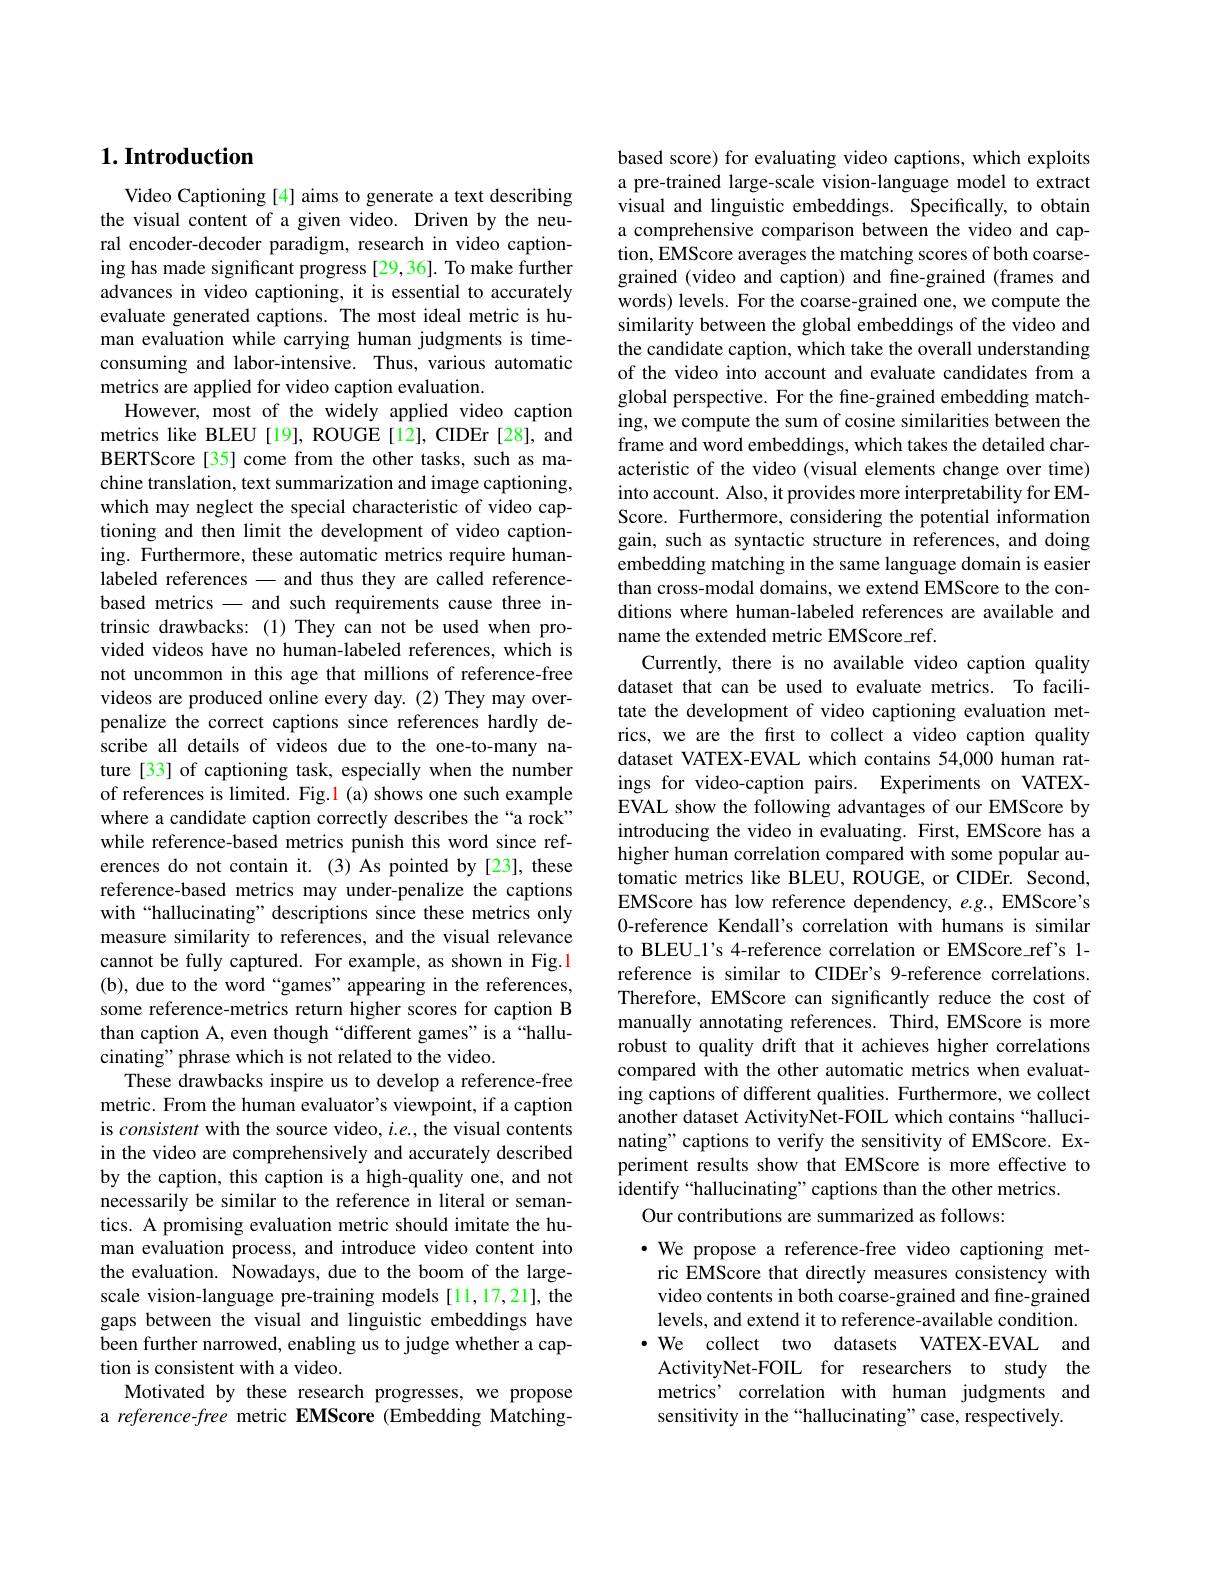
## $1. \textbf{Introduction}$

Video Captioning [4] aims to generate a text describing the visual content of a given video. Driven by the neural encoder-decoder paradigm, research in video captioning has made significant progress [29,36]. To make further advances in video captioning, it is essential to accurately evaluate generated captions. The most ideal metric is human evaluation while carrying human judgments is timeconsuming and labor-intensive. Thus, various automatic metrics are applied for video caption evaluation.
However, most of the widely applied video caption metrics like BLEU [19], ROUGE [12], CIDEr [28], and BERTScore[35] come from the other tasks, such as machine translation, text summarization and image captioning, which may neglect the special characteristic of video captioning and then limit the development of video captioning. Furthermore, these automatic metrics require humanlabeled references - and thus they are called referencebased metrics - and such requirements cause three intrinsic drawbacks: (1) They can not be used when provided videos have no human-labeled references, which is not uncommon in this age that millions of reference-free videos are produced online every day. (2) They may overpenalize the correct captions since references hardly describe all details of videos due to the one-to-many nature [33] of captioning task, especially when the number of references is limited. Fig.1 (a) shows one such example where a candidate caption correctly describes the“a rock” while reference-based metrics punish this word since references do not contain it. (3) As pointed by[23], these reference-based metrics may under-penalize the captions with“hallucinating” descriptions since these metrics only measure similarity to references, and the visual relevance cannot be fully captured. For example, as shown in Fig.1 (b), due to the word “games”appearing in the references, some reference-metrics return higher scores for caption B than caption A, even though“different games”is a“hallucinating" phrase which is not related to the video.
These drawbacks inspire us to develop a reference-free metric. From the human evaluator's viewpoint, if a caption is consistent with the source video, $i.e.$, the visual contents in the video are comprehensively and accurately described by the caption, this caption is a high-quality one, and not necessarily be similar to the reference in literal or semantics. A promising evaluation metric should imitate the human evaluation process, and introduce video content into the evaluation. Nowadays, due to the boom of the largescale vision-language pre-training models [11,17,21], the gaps between the visual and linguistic embeddings have been further narrowed, enabling us to judge whether a caption is consistent with a video.
Motivated by these research progresses, we propose a reference-free metric EMScore (Embedding Matching-

based score) for evaluating video captions, which exploits a pre-trained large-scale vision-language model to extract visual and linguistic embeddings. Specifically, to obtain a comprehensive comparison between the video and caption, EMScore averages the matching scores of both coarsegrained (video and caption) and fine-grained (frames and words) levels. For the coarse-grained one, we compute the similarity between the global embeddings of the video and the candidate caption, which take the overall understanding of the video into account and evaluate candidates from a global perspective. For the fine-grained embedding matching, we compute the sum of cosine similarities between the frame and word embeddings, which takes the detailed characteristic of the video (visual elements change over time) into account. Also, it provides more interpretability for EMScore. Furthermore, considering the potential information gain, such as syntactic structure in references, and doing embedding matching in the same language domain is easier than cross-modal domains, we extend EMScore to the conditions where human-labeled references are available and name the extended metric EMScore\_ref.
Currently, there is no available video caption quality dataset that can be used to evaluate metrics. To facilitate the development of video captioning evaluation metrics, we are the first to collect a video caption quality dataset VATEX-EVAL which contains 54,000 human ratings for video-caption pairs. Experiments on VATEXEVAL show the following advantages of our EMScore by introducing the video in evaluating. First, EMScore has a higher human correlation compared with some popular automatic metrics like BLEU, ROUGE, or CIDEr. Second, EMScore has low reference dependency, $e.g.$, EMScore's 0-reference Kendall's correlation with humans is similar to BLEU\_1's 4-reference correlation or EMScore\_ref's 1- reference is similar to CIDEr's 9-reference correlations. Therefore, EMScore can significantly reduce the cost of manually annotating references. Third, EMScore is more robust to quality drift that it achieves higher correlations compared with the other automatic metrics when evaluating captions of different qualities. Furthermore, we collect another dataset ActivityNet-FOIL which contains “hallucinating" captions to verify the sensitivity of EMScore. Experiment results show that EMScore is more effective to identify“hallucinating”captions than the other metrics.
Our contributions are summarized as follows:

$\cdot$ We propose a reference-free video captioning metric EMScore that directly measures consistency with video contents in both coarse-grained and fine-grained levels, and extend it to reference-available condition. $\cdot$ We collect two datasets VATEX-EVAL and ActivityNet-FOIL for researchers to study the metrics’ correlation with human judgments and sensitivity in the“hallucinating”case, respectively